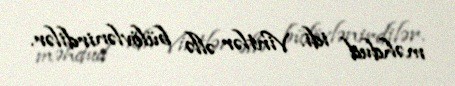
məhdud idi. Vintlər əllə bülövlənirdilər.